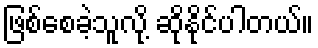
ဖြစ်စေခဲ့သူလို့ ဆိုနိုင်ပါတယ်။